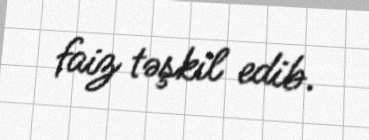
faiz təşkil edib.